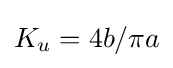
K_{u}=4b/\pi a